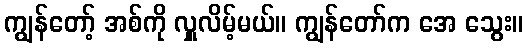
ကျွန်တော့် အစ်ကို လှူလိမ့်မယ်။ ကျွန်တော်က အေ သွေး။